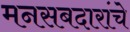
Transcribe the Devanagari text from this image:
मनसबदारांचे